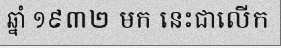
ឆ្នាំ ១៩៣២ មក នេះជាលើក